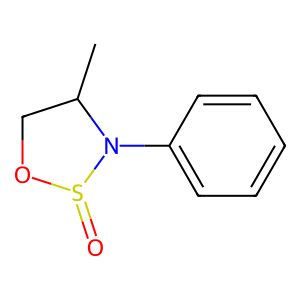
SMILES: CC1COS(=O)N1c1ccccc1
Inhibits HIV replication: No